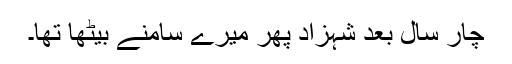
چار سال بعد شہزاد پھر میرے سامنے بیٹھا تھا۔